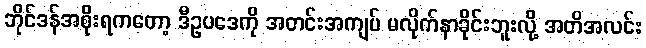
ဘိုင်ဒန်အစိုးရကတော့ ဒီဥပဒေကို အတင်းအကျပ် မလိုက်နာခိုင်းဘူးလို့ အတိအလင်း